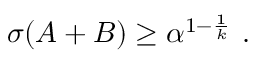
\sigma ( A + B ) \geq \alpha ^ { 1 - { \frac { 1 } { k } } } \ .